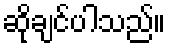
ဆိုချင်ပါသည်။